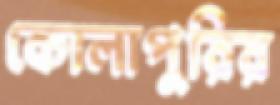
কোলাপুরির